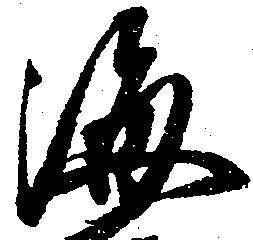
海